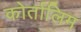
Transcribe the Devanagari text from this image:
कोर्तालिम